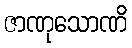
ဇာဏုသောဏိ